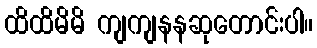
ထိထိမိမိ ကျကျနနဆုတောင်းပါ။